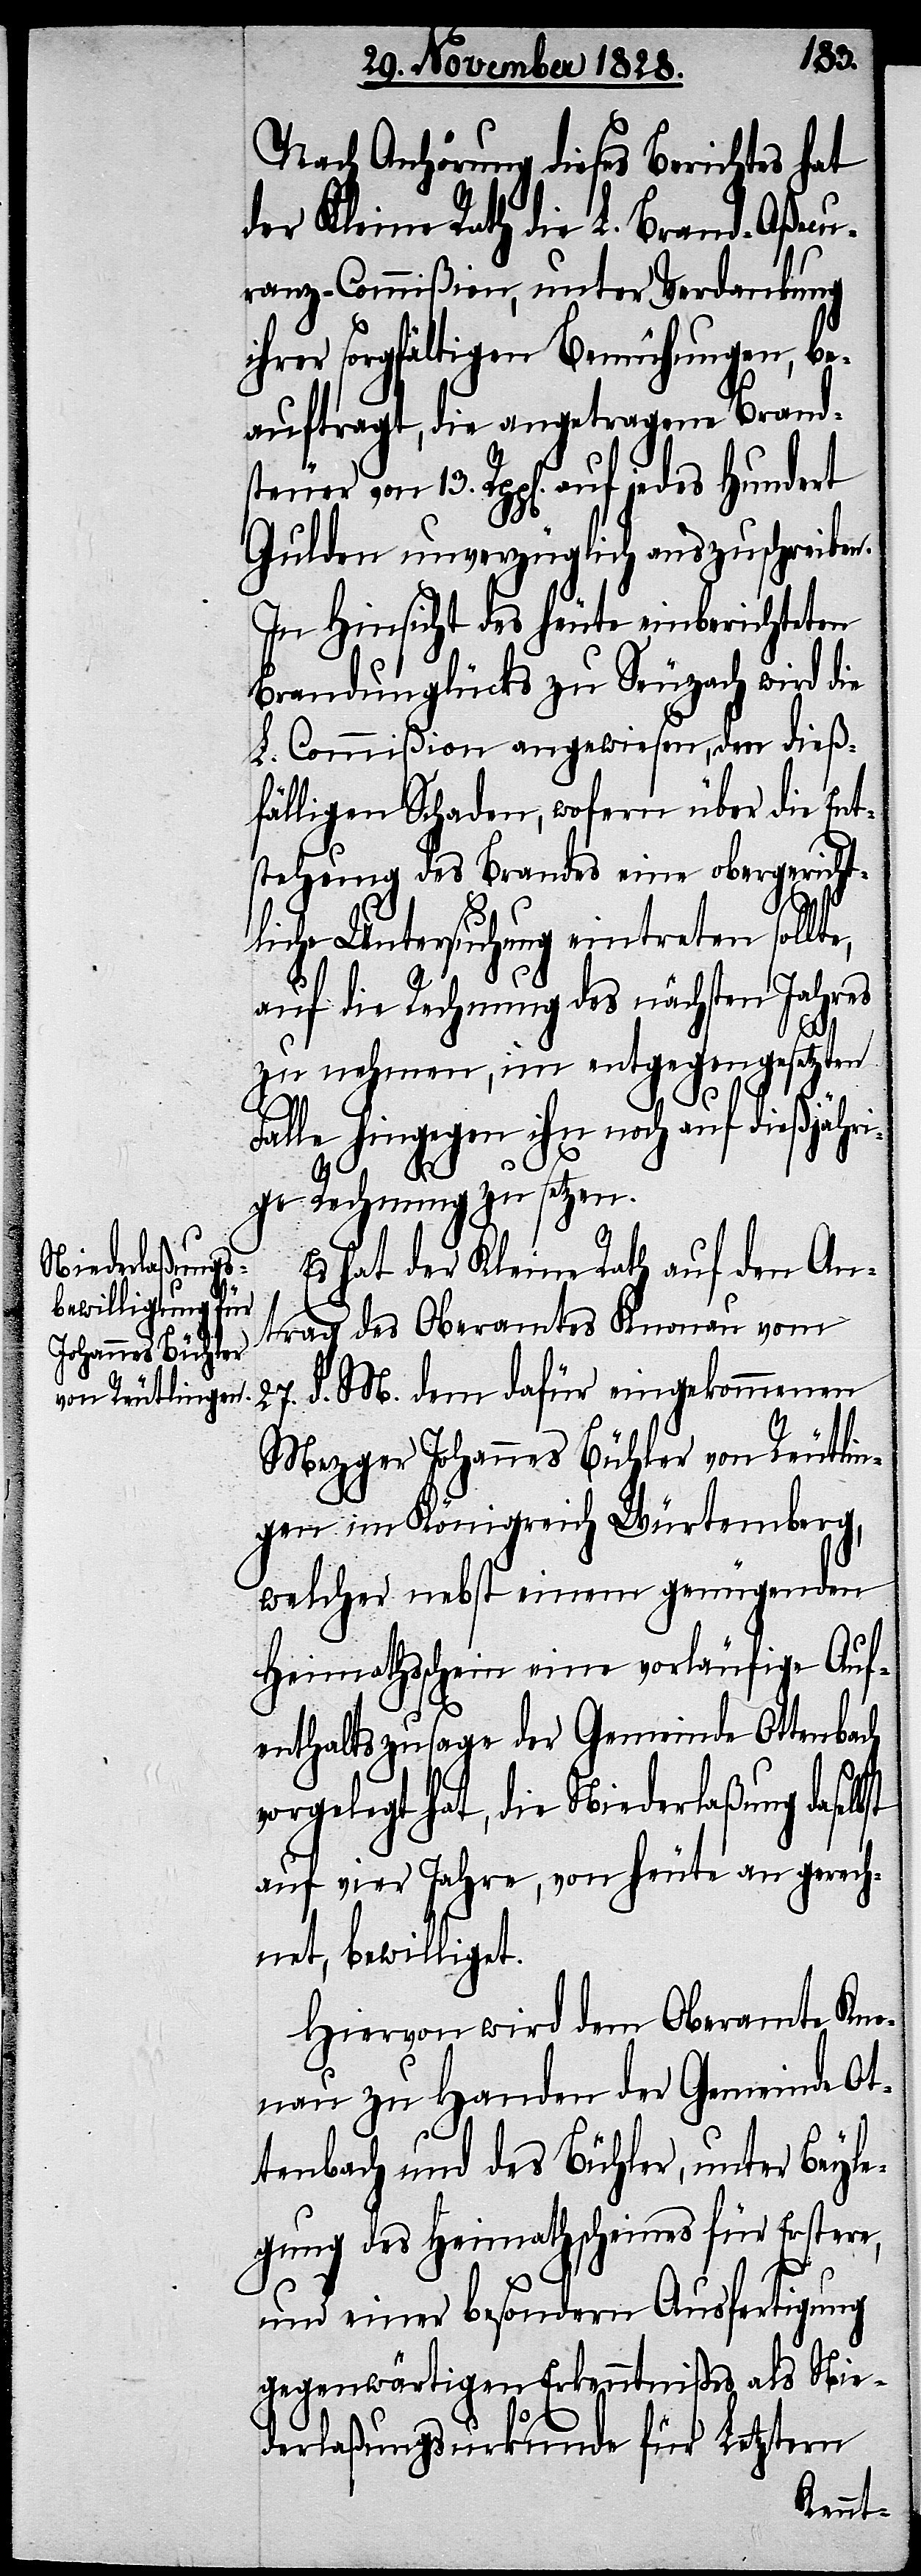
Nach Anhörung dieses Berichtes hat
der Kleine Rath die L. Brand-Aßecu¬
ranz-Commißion, unter Verdankung
ihrer sorgfältigen Bemühungen, be¬
auftragt, die angetragene Brand¬
Gulden unverzüglich auszuschreiben.
In Hinsicht des heute einberichteten
Brandunglücks zu Seuzach wird die
L. Commißion angewiesen, dem dieß¬
fälligen Schaden, wofern über die Ent¬
stehung des Brandes einen obergericht¬
liche Untersuchung eintreten sollt¬
auf die Rechnung des nächsten Jahres
bst
zu nehmen, im entgegengesetzten
Hundert
Falle hingegen ihn noch auf dießjähri¬
ge Rechnung zu setzen.
Es hat der Kleine Rath auf den An¬
trag des Oberamtes Knonau vom
27. d. M. dem dafür eingekommenen
Mezger Johannes Bühler von Reutlin¬
gen im Königreich Würtemberg,
welcher nebst einem genügenden
Heimathsschein eine vorläufige Auf¬
enthaltszusage der Gemeinde Ottenbach
vorgelegt hat, die Niederlaßung dasel¬
auf vier Jahre, von heute an gerech¬
net, bewilliget.
Hiervon wird dem Oberamte Kno¬
nau zu Handen der Gemeinde Ot¬
tenbach und des Bühler, unter Beyle¬
gung des Heimathscheines für Erstere,
und einer besondern Ausfertigung
gegenwärtigen Erkenntnißes als Nie¬
derlaßungsurkunde für Letztern